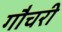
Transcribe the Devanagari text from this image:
गौचरी